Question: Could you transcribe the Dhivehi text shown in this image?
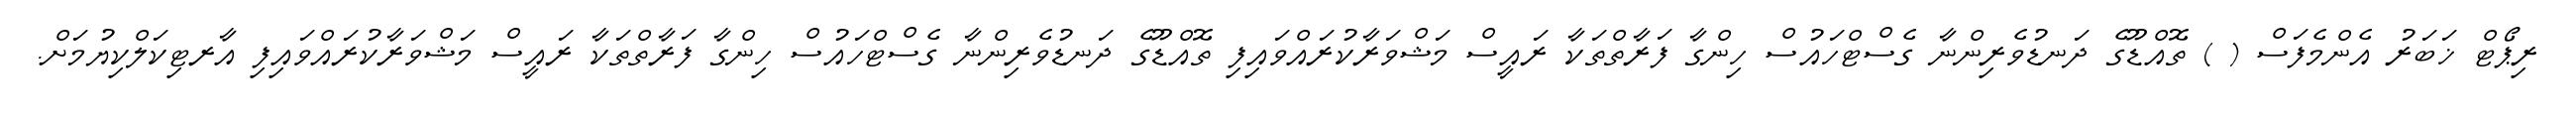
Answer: ރިޕޯޓް ޚަބަރު އެންމެފަސް ( ) ތޮއްޑޫގެ ދަނޑުވެރިންނާ ގެސްޓްހައުސް ހިންގާ ފަރާތްތަކާ ރައީސް މަޝްވަރާކުރައްވައިފި ތޮއްޑޫގެ ދަނޑުވެރިންނާ ގެސްޓްހައުސް ހިންގާ ފަރާތްތަކާ ރައީސް މަޝްވަރާކުރައްވައިފި އާރޓިކަލްކިޔުމަށް.